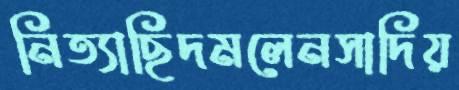
নিত্যাছিদমলেনসাদিয়